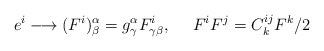
\begin{align*}e^{i}\longrightarrow (F^{i})^{\alpha}_{\beta}=g^{\alpha}_{\gamma} F^{i}_{\gamma \beta}, \ \ \ \ F^{i}F^{j}=C^{ij}_{k}F^{k}/2\end{align*}